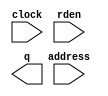
// megafunction wizard: %ROM: 1-PORT%VBB%
// GENERATION: STANDARD
// VERSION: WM1.0
// MODULE: altsyncram 

// ============================================================
// Megafunction Name(s):
// 			altsyncram
//
// Simulation Library Files(s):
// 			altera_mf
// ============================================================
// ************************************************************
// THIS IS A WIZARD-GENERATED FILE. DO NOT EDIT THIS FILE!
//
// 21.1.0 Build 842 10/21/2021 SJ Lite Edition
// ************************************************************

//Copyright (C) 2021  Intel Corporation. All rights reserved.
//Your use of Intel Corporation's design tools, logic functions 
//and other software and tools, and any partner logic 
//functions, and any output files from any of the foregoing 
//(including device programming or simulation files), and any 
//associated documentation or information are expressly subject 
//to the terms and conditions of the Intel Program License 
//Subscription Agreement, the Intel Quartus Prime License Agreement,
//the Intel FPGA IP License Agreement, or other applicable license
//agreement, including, without limitation, that your use is for
//the sole purpose of programming logic devices manufactured by
//Intel and sold by Intel or its authorized distributors.  Please
//refer to the applicable agreement for further details, at
//https://fpgasoftware.intel.com/eula.

module ip_rom (
	address,
	clock,
	rden,
	q);

	input	[8:0]  address;
	input	  clock;
	input	  rden;
	output	[7:0]  q;
`ifndef ALTERA_RESERVED_QIS
// synopsys translate_off
`endif
	tri1	  clock;
	tri1	  rden;
`ifndef ALTERA_RESERVED_QIS
// synopsys translate_on
`endif

endmodule

// ============================================================
// CNX file retrieval info
// ============================================================
// Retrieval info: PRIVATE: ADDRESSSTALL_A NUMERIC "0"
// Retrieval info: PRIVATE: AclrAddr NUMERIC "0"
// Retrieval info: PRIVATE: AclrByte NUMERIC "0"
// Retrieval info: PRIVATE: AclrOutput NUMERIC "0"
// Retrieval info: PRIVATE: BYTE_ENABLE NUMERIC "0"
// Retrieval info: PRIVATE: BYTE_SIZE NUMERIC "8"
// Retrieval info: PRIVATE: BlankMemory NUMERIC "0"
// Retrieval info: PRIVATE: CLOCK_ENABLE_INPUT_A NUMERIC "0"
// Retrieval info: PRIVATE: CLOCK_ENABLE_OUTPUT_A NUMERIC "0"
// Retrieval info: PRIVATE: Clken NUMERIC "0"
// Retrieval info: PRIVATE: IMPLEMENT_IN_LES NUMERIC "0"
// Retrieval info: PRIVATE: INIT_FILE_LAYOUT STRING "PORT_A"
// Retrieval info: PRIVATE: INIT_TO_SIM_X NUMERIC "0"
// Retrieval info: PRIVATE: INTENDED_DEVICE_FAMILY STRING "MAX 10"
// Retrieval info: PRIVATE: JTAG_ENABLED NUMERIC "0"
// Retrieval info: PRIVATE: JTAG_ID STRING "NONE"
// Retrieval info: PRIVATE: MAXIMUM_DEPTH NUMERIC "0"
// Retrieval info: PRIVATE: MIFfilename STRING "/home/aonori/Documents/FPGA/FPGA2I/projects/z80_mini_com/test/stack/stack.hex"
// Retrieval info: PRIVATE: NUMWORDS_A NUMERIC "512"
// Retrieval info: PRIVATE: RAM_BLOCK_TYPE NUMERIC "0"
// Retrieval info: PRIVATE: RegAddr NUMERIC "1"
// Retrieval info: PRIVATE: RegOutput NUMERIC "0"
// Retrieval info: PRIVATE: SYNTH_WRAPPER_GEN_POSTFIX STRING "0"
// Retrieval info: PRIVATE: SingleClock NUMERIC "1"
// Retrieval info: PRIVATE: UseDQRAM NUMERIC "0"
// Retrieval info: PRIVATE: WidthAddr NUMERIC "9"
// Retrieval info: PRIVATE: WidthData NUMERIC "8"
// Retrieval info: PRIVATE: rden NUMERIC "1"
// Retrieval info: LIBRARY: altera_mf altera_mf.altera_mf_components.all
// Retrieval info: CONSTANT: ADDRESS_ACLR_A STRING "NONE"
// Retrieval info: CONSTANT: CLOCK_ENABLE_INPUT_A STRING "BYPASS"
// Retrieval info: CONSTANT: CLOCK_ENABLE_OUTPUT_A STRING "BYPASS"
// Retrieval info: CONSTANT: INIT_FILE STRING "/home/aonori/Documents/FPGA/FPGA2I/projects/z80_mini_com/test/stack/stack.hex"
// Retrieval info: CONSTANT: INTENDED_DEVICE_FAMILY STRING "MAX 10"
// Retrieval info: CONSTANT: LPM_HINT STRING "ENABLE_RUNTIME_MOD=NO"
// Retrieval info: CONSTANT: LPM_TYPE STRING "altsyncram"
// Retrieval info: CONSTANT: NUMWORDS_A NUMERIC "512"
// Retrieval info: CONSTANT: OPERATION_MODE STRING "ROM"
// Retrieval info: CONSTANT: OUTDATA_ACLR_A STRING "NONE"
// Retrieval info: CONSTANT: OUTDATA_REG_A STRING "UNREGISTERED"
// Retrieval info: CONSTANT: WIDTHAD_A NUMERIC "9"
// Retrieval info: CONSTANT: WIDTH_A NUMERIC "8"
// Retrieval info: CONSTANT: WIDTH_BYTEENA_A NUMERIC "1"
// Retrieval info: USED_PORT: address 0 0 9 0 INPUT NODEFVAL "address[8..0]"
// Retrieval info: USED_PORT: clock 0 0 0 0 INPUT VCC "clock"
// Retrieval info: USED_PORT: q 0 0 8 0 OUTPUT NODEFVAL "q[7..0]"
// Retrieval info: USED_PORT: rden 0 0 0 0 INPUT VCC "rden"
// Retrieval info: CONNECT: @address_a 0 0 9 0 address 0 0 9 0
// Retrieval info: CONNECT: @clock0 0 0 0 0 clock 0 0 0 0
// Retrieval info: CONNECT: @rden_a 0 0 0 0 rden 0 0 0 0
// Retrieval info: CONNECT: q 0 0 8 0 @q_a 0 0 8 0
// Retrieval info: GEN_FILE: TYPE_NORMAL ip_rom.v TRUE
// Retrieval info: GEN_FILE: TYPE_NORMAL ip_rom.inc FALSE
// Retrieval info: GEN_FILE: TYPE_NORMAL ip_rom.cmp FALSE
// Retrieval info: GEN_FILE: TYPE_NORMAL ip_rom.bsf FALSE
// Retrieval info: GEN_FILE: TYPE_NORMAL ip_rom_inst.v FALSE
// Retrieval info: GEN_FILE: TYPE_NORMAL ip_rom_bb.v TRUE
// Retrieval info: LIB_FILE: altera_mf